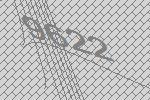
9622